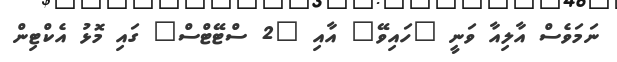
ނަމަވެސް އާލިއާ ވަނީ "ހައިވޭ" އާއި "2 ސްޓޭޓްސް" ގައި މޮޅު އެކްޓިން